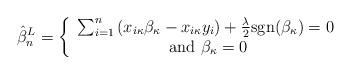
LaTeX: \begin{align*}\hat{\beta}^L_n = \left\{\begin{array}{c}\sum_{i=1}^{n} \left(x_{i\kappa}\beta_\kappa - x_{i\kappa}y_i\right)+\frac{\lambda}{2}\mbox{sgn}(\beta_\kappa)=0 \\\mbox{ and } \beta_{\kappa}=0\end{array} \right.\end{align*}